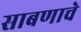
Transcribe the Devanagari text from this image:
साबणाचे